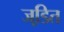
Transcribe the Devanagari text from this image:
जडि़त